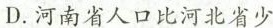
D.河南省人口比河北省少